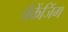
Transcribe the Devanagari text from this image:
पैकेंजिंग